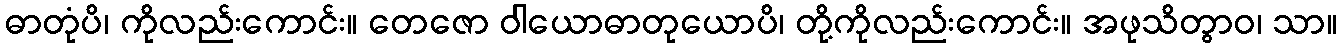
ဓာတုံပိ၊ ကိုလည်းကောင်း။ တေဇော ဝါယောဓာတုယောပိ၊ တို့ကိုလည်းကောင်း။ အဖုသိတွာဝ၊ သာ။